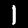
Label: 1